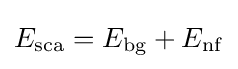
E_{\rm {sca}}=E_{\rm {bg}}+E_{\rm {nf}}